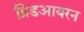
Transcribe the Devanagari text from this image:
ग्रिडआयरन